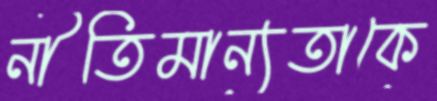
নীতিমান্যতাকে